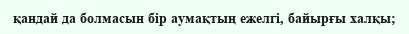
қандай да болмасын бір аумақтың ежелгі, байырғы халқы;